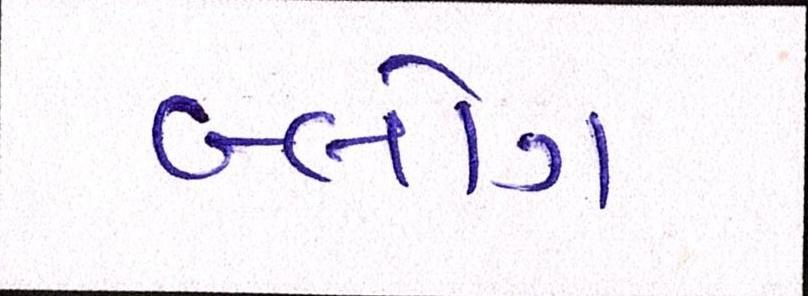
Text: બ્લોગ